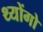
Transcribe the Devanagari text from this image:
थ्योंगो